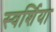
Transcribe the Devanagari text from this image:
स्वर्शिया